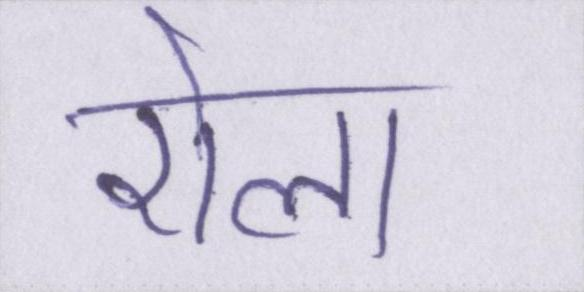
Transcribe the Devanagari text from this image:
रोला